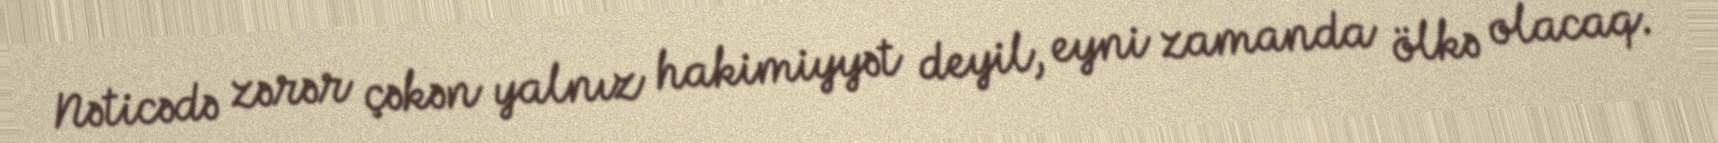
Nəticədə zərər çəkən yalnız hakimiyyət deyil, eyni zamanda ölkə olacaq.